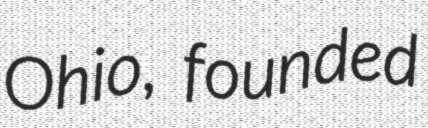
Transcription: Ohio, founded